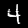
Label: 4